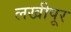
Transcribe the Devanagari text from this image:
लखीपूर